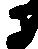
に